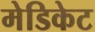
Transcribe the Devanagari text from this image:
मेडिकेट